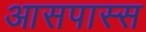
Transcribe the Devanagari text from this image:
आसपास्स